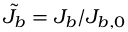
\tilde { J _ { b } } = J _ { b } / J _ { b , 0 }